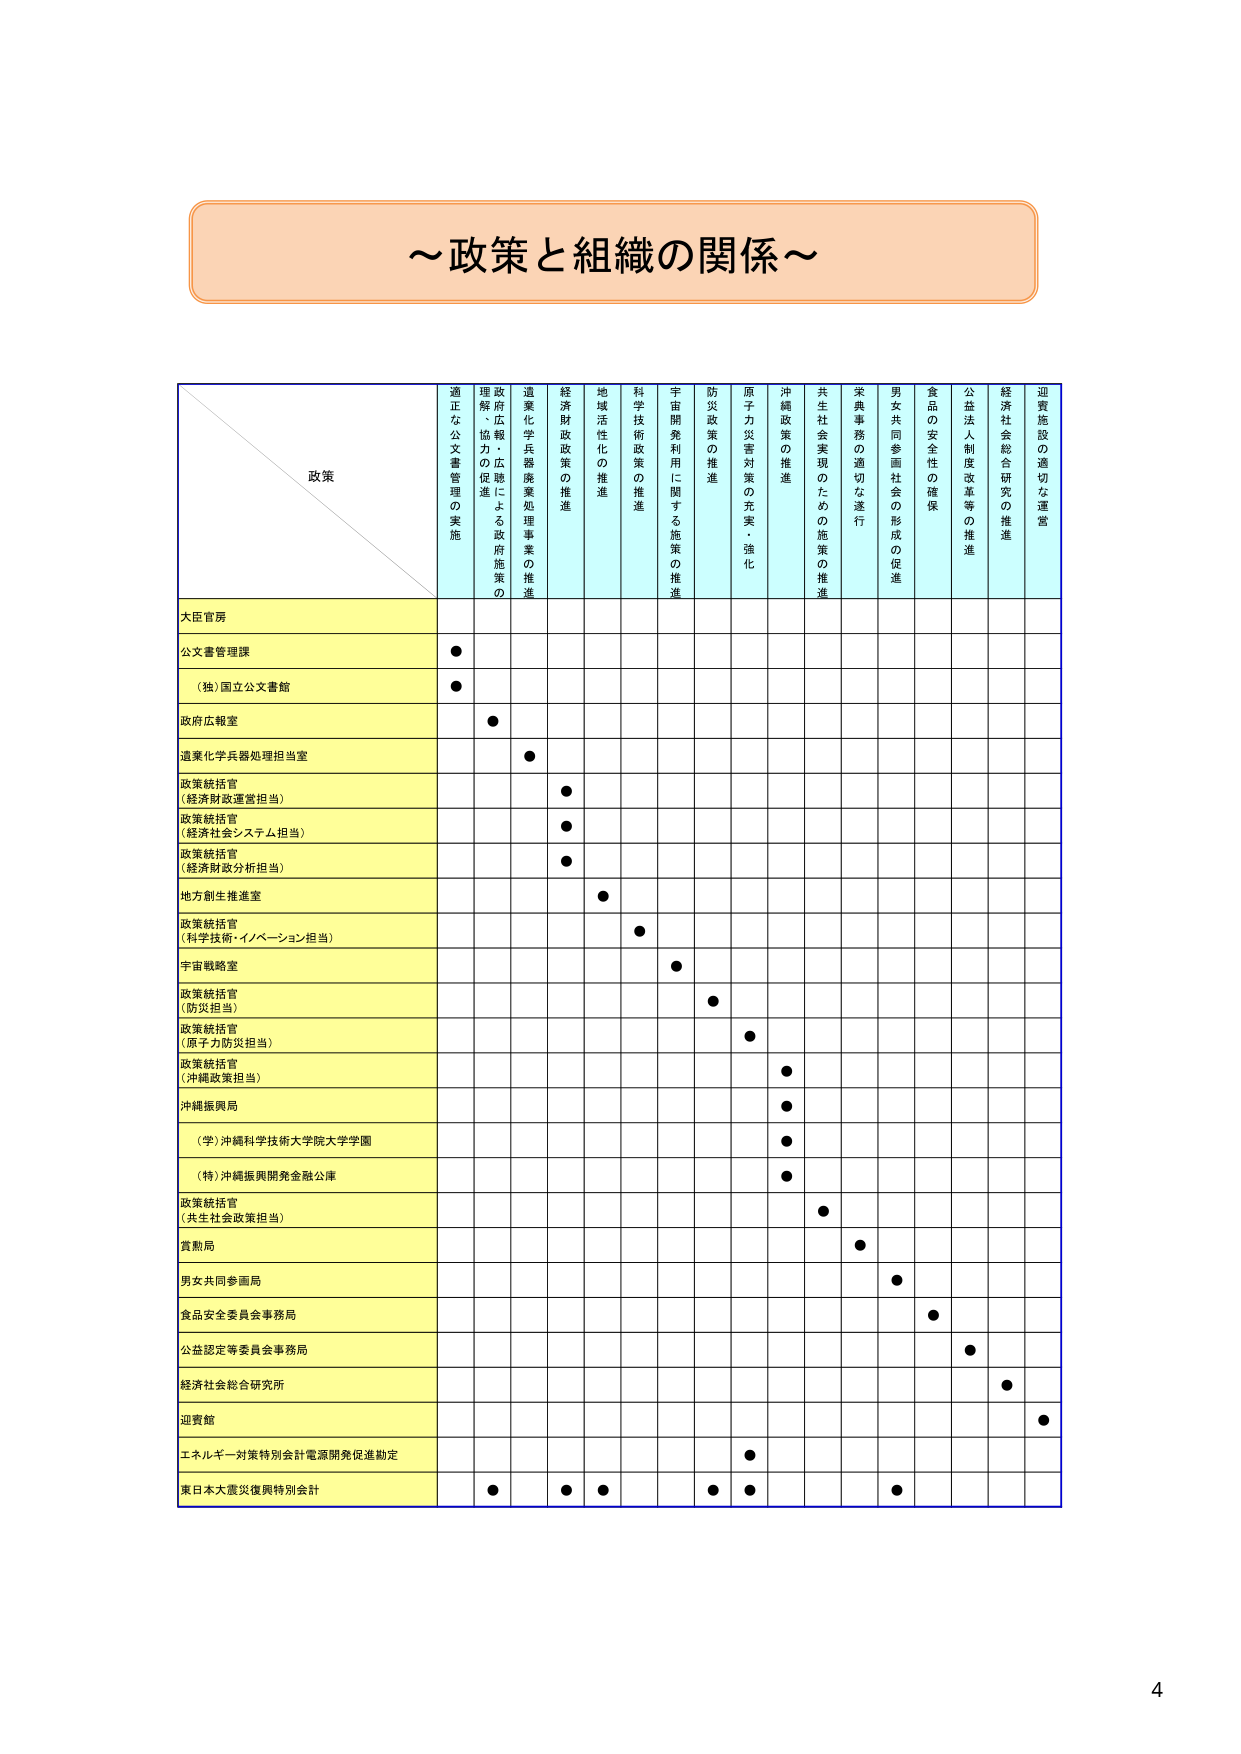
～政策と組織の関係～

政策
適正な公文書管理の実施
理解・広報・協力の促進による政府施策の
進薬化学兵器廃棄処理事業の推進
経済財政政策の推進
地域活性化の推進
科学技術政策の推進
宇宙開発利用に関する施策の推進
防災政策の推進
原子力災害対策の充実・強化
沖縄政策の推進
共生社会実現のための施策の推進
栄典事務の適切な遂行
男女共同参画社会の形成の促進
食品の安全性の確保
公益法人制度改革等の推進
経済社会総合研究の推進
迎賓施設の適切な運営

大臣官房
公文書管理課
●
（独）国立公文書館
●
政府広報室
●
進薬化学兵器処理担当室
●
政策統括官
（経済財政運営担当）
●
政策統括官
（経済社会システム担当）
●
政策統括官
（経済財政分析担当）
●
地方創生推進室
●
政策統括官
（科学技術・イノベーション担当）
●
宇宙戦略室
●
政策統括官
（防災担当）
●
政策統括官
（原子力防災担当）
●
政策統括官
（沖縄政策担当）
●
沖縄振興局
●
（学）沖縄科学技術大学院大学学園
●
（特）沖縄振興開発金融公庫
●
政策統括官
（共生社会政策担当）
●
賞勲局
●
男女共同参画局
●
食品安全委員会事務局
●
公益認定等委員会事務局
●
経済社会総合研究所
●
迎賓館
●
エネルギー対策特別会計電源開発促進勘定
●
東日本大震災復興特別会計
● ● ● ● ● ●

4